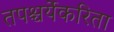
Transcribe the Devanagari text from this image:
तपश्चर्येकरिता